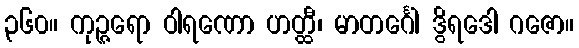
၃၆၀။ ကုဉ္ဇရော ဝါရဏော ဟတ္ထီ၊ မာတင်္ဂေါ ဒွိရဒေါ ဂဇော။